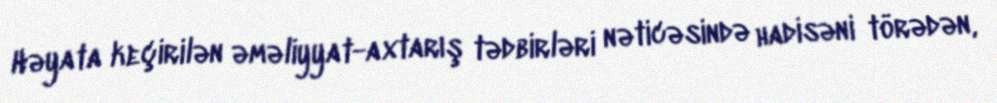
Həyata keçirilən əməliyyat-axtarış tədbirləri nəticəsində hadisəni törədən,